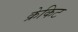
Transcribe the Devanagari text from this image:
क्रेकिट